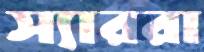
স্যাররা